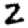
Digit: 2